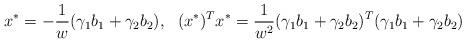
LaTeX: \begin{align*} x^{*}=-\frac{1}{w}(\gamma_1 b_1+\gamma_2 b_2),\ \ (x^{*})^{T}x^{*}=\frac{1}{w^{2}}(\gamma_1 b_1+\gamma_2 b_2)^{T}(\gamma_1 b_1+\gamma_2 b_2)\end{align*}